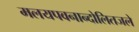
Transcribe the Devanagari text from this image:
मलयपवनान्दोलितजले